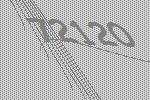
72120